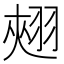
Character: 𮋄